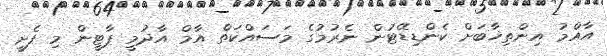
އާއްމު އިންތިޚާބަށް ކެންޑިޑޭޓުން ނެރުމުގެ މަސައްކަތް އާމް އާދުމީ ޕާޓީން މި ފެށީ